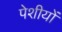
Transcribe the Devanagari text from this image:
पेशीयों